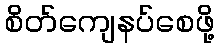
စိတ်ကျေနပ်စေဖို့